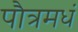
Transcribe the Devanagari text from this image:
पौत्रमधं